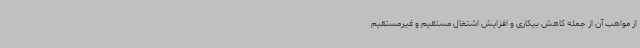
از مواهب آن از جمله کاهش بیکاری و افزایش اشتغال مستقیم و غیرمستقیم